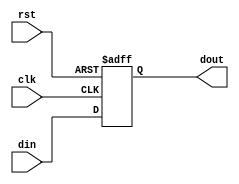
module flop(din,dout,clk,rst);
parameter width = 32;

  input [width-1:0] din;
  input clk,rst;
  output reg [width-1:0] dout;

always@(posedge clk or posedge rst)
  if(rst) dout = 0;
  else dout = din;

endmodule